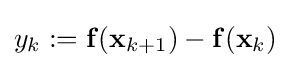
y_{k}:=\mathbf {f} (\mathbf {x} _{k+1})-\mathbf {f} (\mathbf {x} _{k})